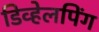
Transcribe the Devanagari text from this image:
डिव्हेलपिंग